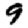
Digit: 9